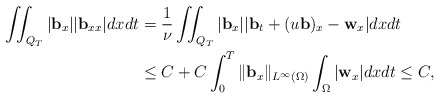
\begin{align*} \iint_{Q_T}|\mathbf{b}_x||\mathbf{b}_{xx}|dxdt &=\frac{1}{\nu}\iint_{Q_T}|\mathbf{b}_x||\mathbf{b}_{t}+(u\mathbf{b})_x-\mathbf{w}_x|dxdt\\ &\leq C+C\int_0^T\|\mathbf{b}_x\|_{L^\infty(\Omega)}\int_\Omega|\mathbf{w}_x|dxdt \leq C,\end{align*}